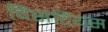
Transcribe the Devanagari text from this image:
विसंटियस